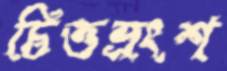
চিত্তভ্রংশ